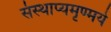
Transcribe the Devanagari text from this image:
संस्थाप्यमृण्मये